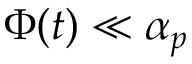
\Phi ( t ) \ll \alpha _ { p }